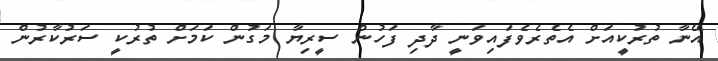
އޭނާ ތުރުކީއަށް އެތެރެވެފައިވަނީ ދާދި ފަހުން ސީރިޔާ މަގުން ކަމަށް ތުރުކީ ސަރުކާރުން